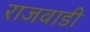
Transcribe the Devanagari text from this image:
राजवाडी